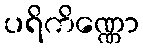
ပရိကိဏ္ဏော